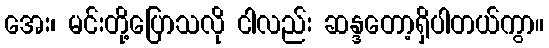
အေး၊ မင်းတို့ပြောသလို ငါလည်း ဆန္ဒတော့ရှိပါတယ်ကွာ။